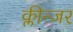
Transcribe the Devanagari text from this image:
क्लीन्जर